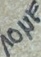
Text: 10ΩF